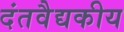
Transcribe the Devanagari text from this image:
दंतवैद्यकीय